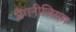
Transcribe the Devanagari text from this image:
मैंगनीजियम